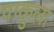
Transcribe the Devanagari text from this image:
पाकुला